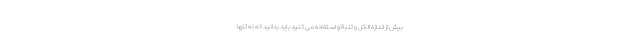
بیش از اندازه الکل و تنباکو استفاده می کنید باید بدانید که نه تنها